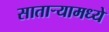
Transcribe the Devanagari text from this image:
सातार्‍यामध्ये